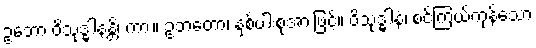
ဥဘော ဝိသုဒ္ဓါနန္တိ၊ ကား။ ဥဘတော၊ နှစ်ပါးစုံအားဖြင့်။ ဝိသုဒ္ဓါနံ၊ စင်ကြယ်ကုန်သော